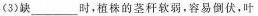
(3）缺___时，植株的茎秆软弱，容易倒伏，叶